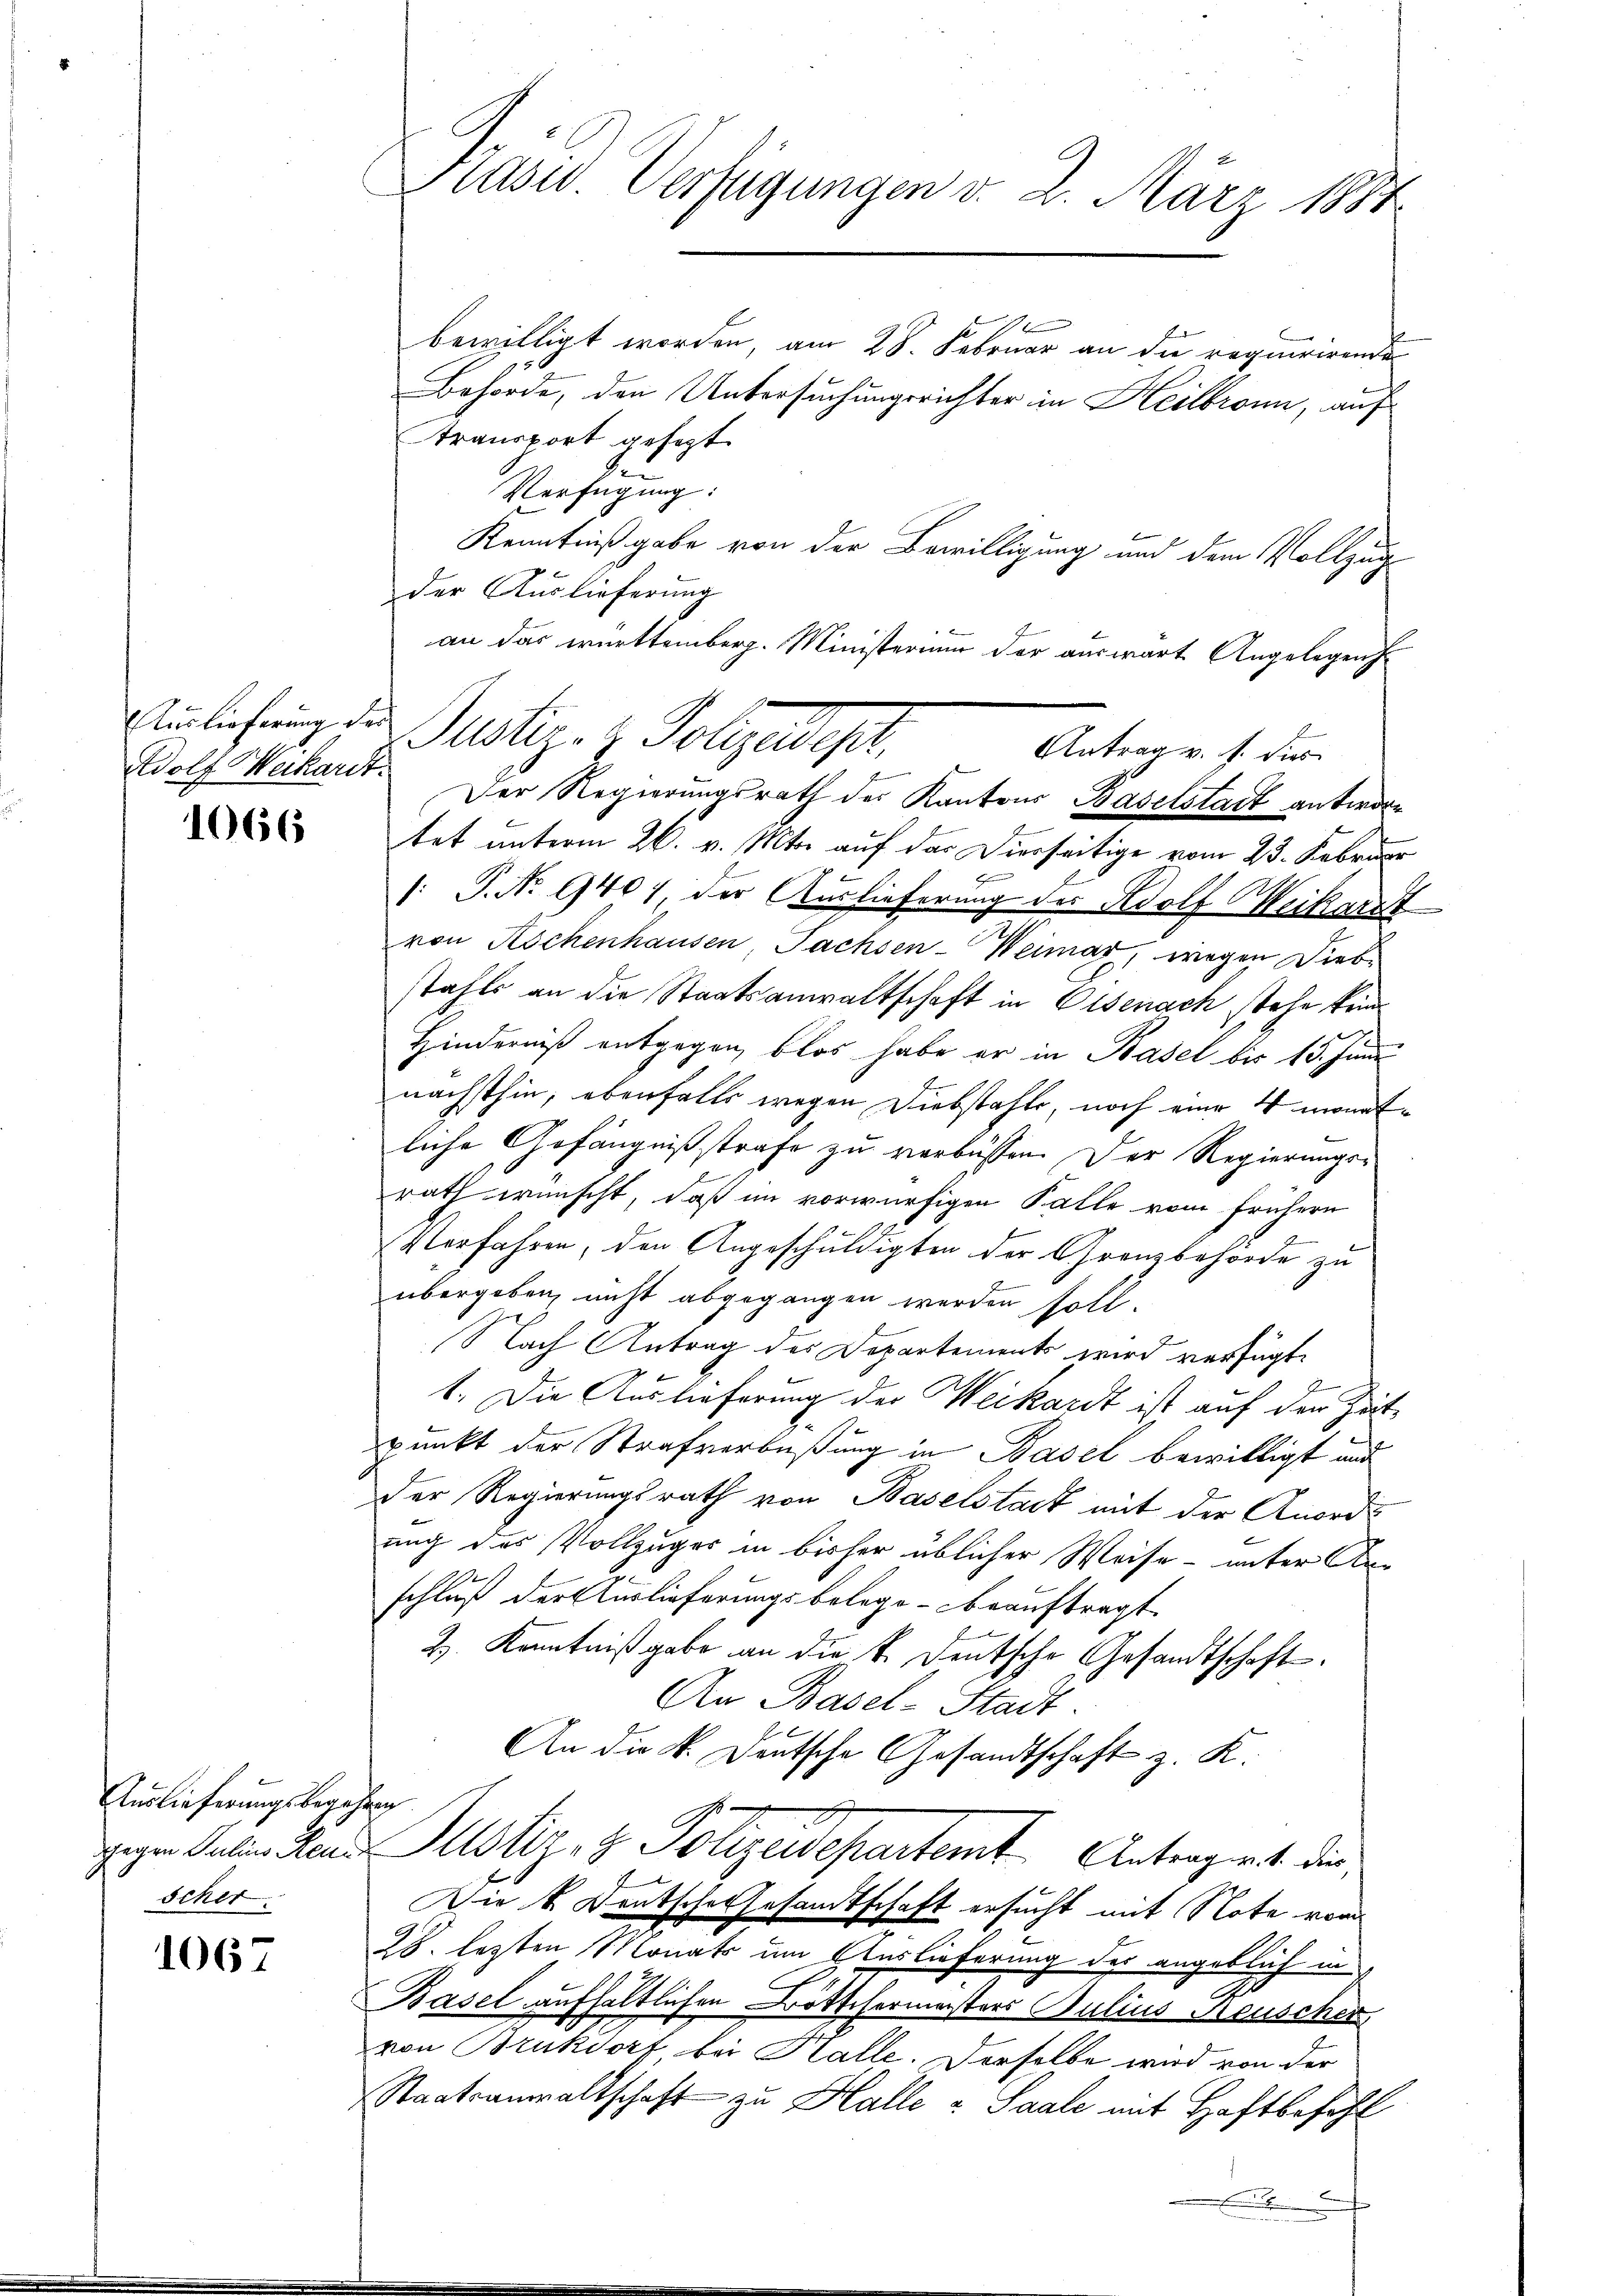
Auslieferung des
Adolf Verkardt.

1067

1066

Auslieferungsbegehren
scher

Präsid. Verfügungen v. 2. März 1884

Behörde, den Untersuchungsrichter in Heilbronn, auf
transport gesezt
Sei
Verfügung:
Kenntnißgabe von der Bewilligung und dem Vollzug
der Auslieferung
an das württemberg. Ministerium der auswart Angelegens
Der Regierungsrath der Kantons Baselstadt antwort
tet unterm 26. v. Mts. auf das Vierseitige vom 23. Februar
E
1: P. No. 9407 der Auslieferung der Adolf Weikart
von Kochenhausen, Fachsen-Weimar, wegen Diebstahls an die Staatsanwaltschaft in Elsenach stehe kein
Hinderniß entgegen, blos habe er in Basel bis 15. Juni
nächsthin, ebenfalls wegen Diebstahle, noch eine 4 monatliche Gefängnißstrafe zu verbüssen. Der Regierungsrath wünscht, daß im vorwürfigen Falle vom frühern
s
Verfahren, den Angeschuldigten der Grenzbehörde zu
übergeben, nicht abgegangen werden soll.
Nach Antrag des Departements wird verfügt:
1. Die Auslieferung der Meikardt ist auf der Zeitpunkt der Strafverbüßung in Basel bewilligt und
Der Regierungsrath von Baselstadt mit der Anordung des Vollzuges in bisher üblicher Weise – unter An-
1
schluß der Auslieferungsbelege beauftragt.
2. Kenntniß gabe an die k. Deutsche Gesandtschaft.
An Basel-Stadt.
An die k. Deutsche Gesandtschaft z. K.
gegen Satin Hand Mustiz- & Polizeidepartemt Antraget die
Die k. Deutsche Gesamtschaft ersucht mit Note von
28. lezten Monats um Auslieferung der angeblich in
Basel aufhältlichen Böttchermeisters Julius Neuscher,
von Bruksort, bei Halle. Derselbe wird von der
Staatsanwaltschaft zu Halle u Saale mit Haftbefohl

Justiz- & Folgeregt
Antrag v. J. dies

bewilligt worden, am 28. Februar an die requirirende